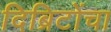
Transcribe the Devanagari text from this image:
दिब्रिटोंचा